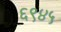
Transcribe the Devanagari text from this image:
६९४५